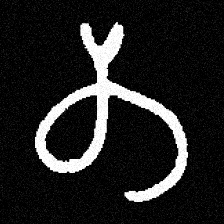
Pyu character \u2014 Myanmar letter: တ (romanized: ta)